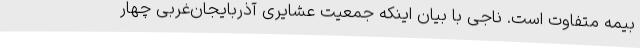
بیمه متفاوت است. ناجی با بیان اینکه جمعیت عشایری آذربایجان‌غربی چهار